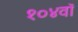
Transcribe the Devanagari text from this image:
१०४वॉ